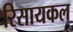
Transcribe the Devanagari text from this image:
रिसायकल